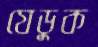
যেডুক